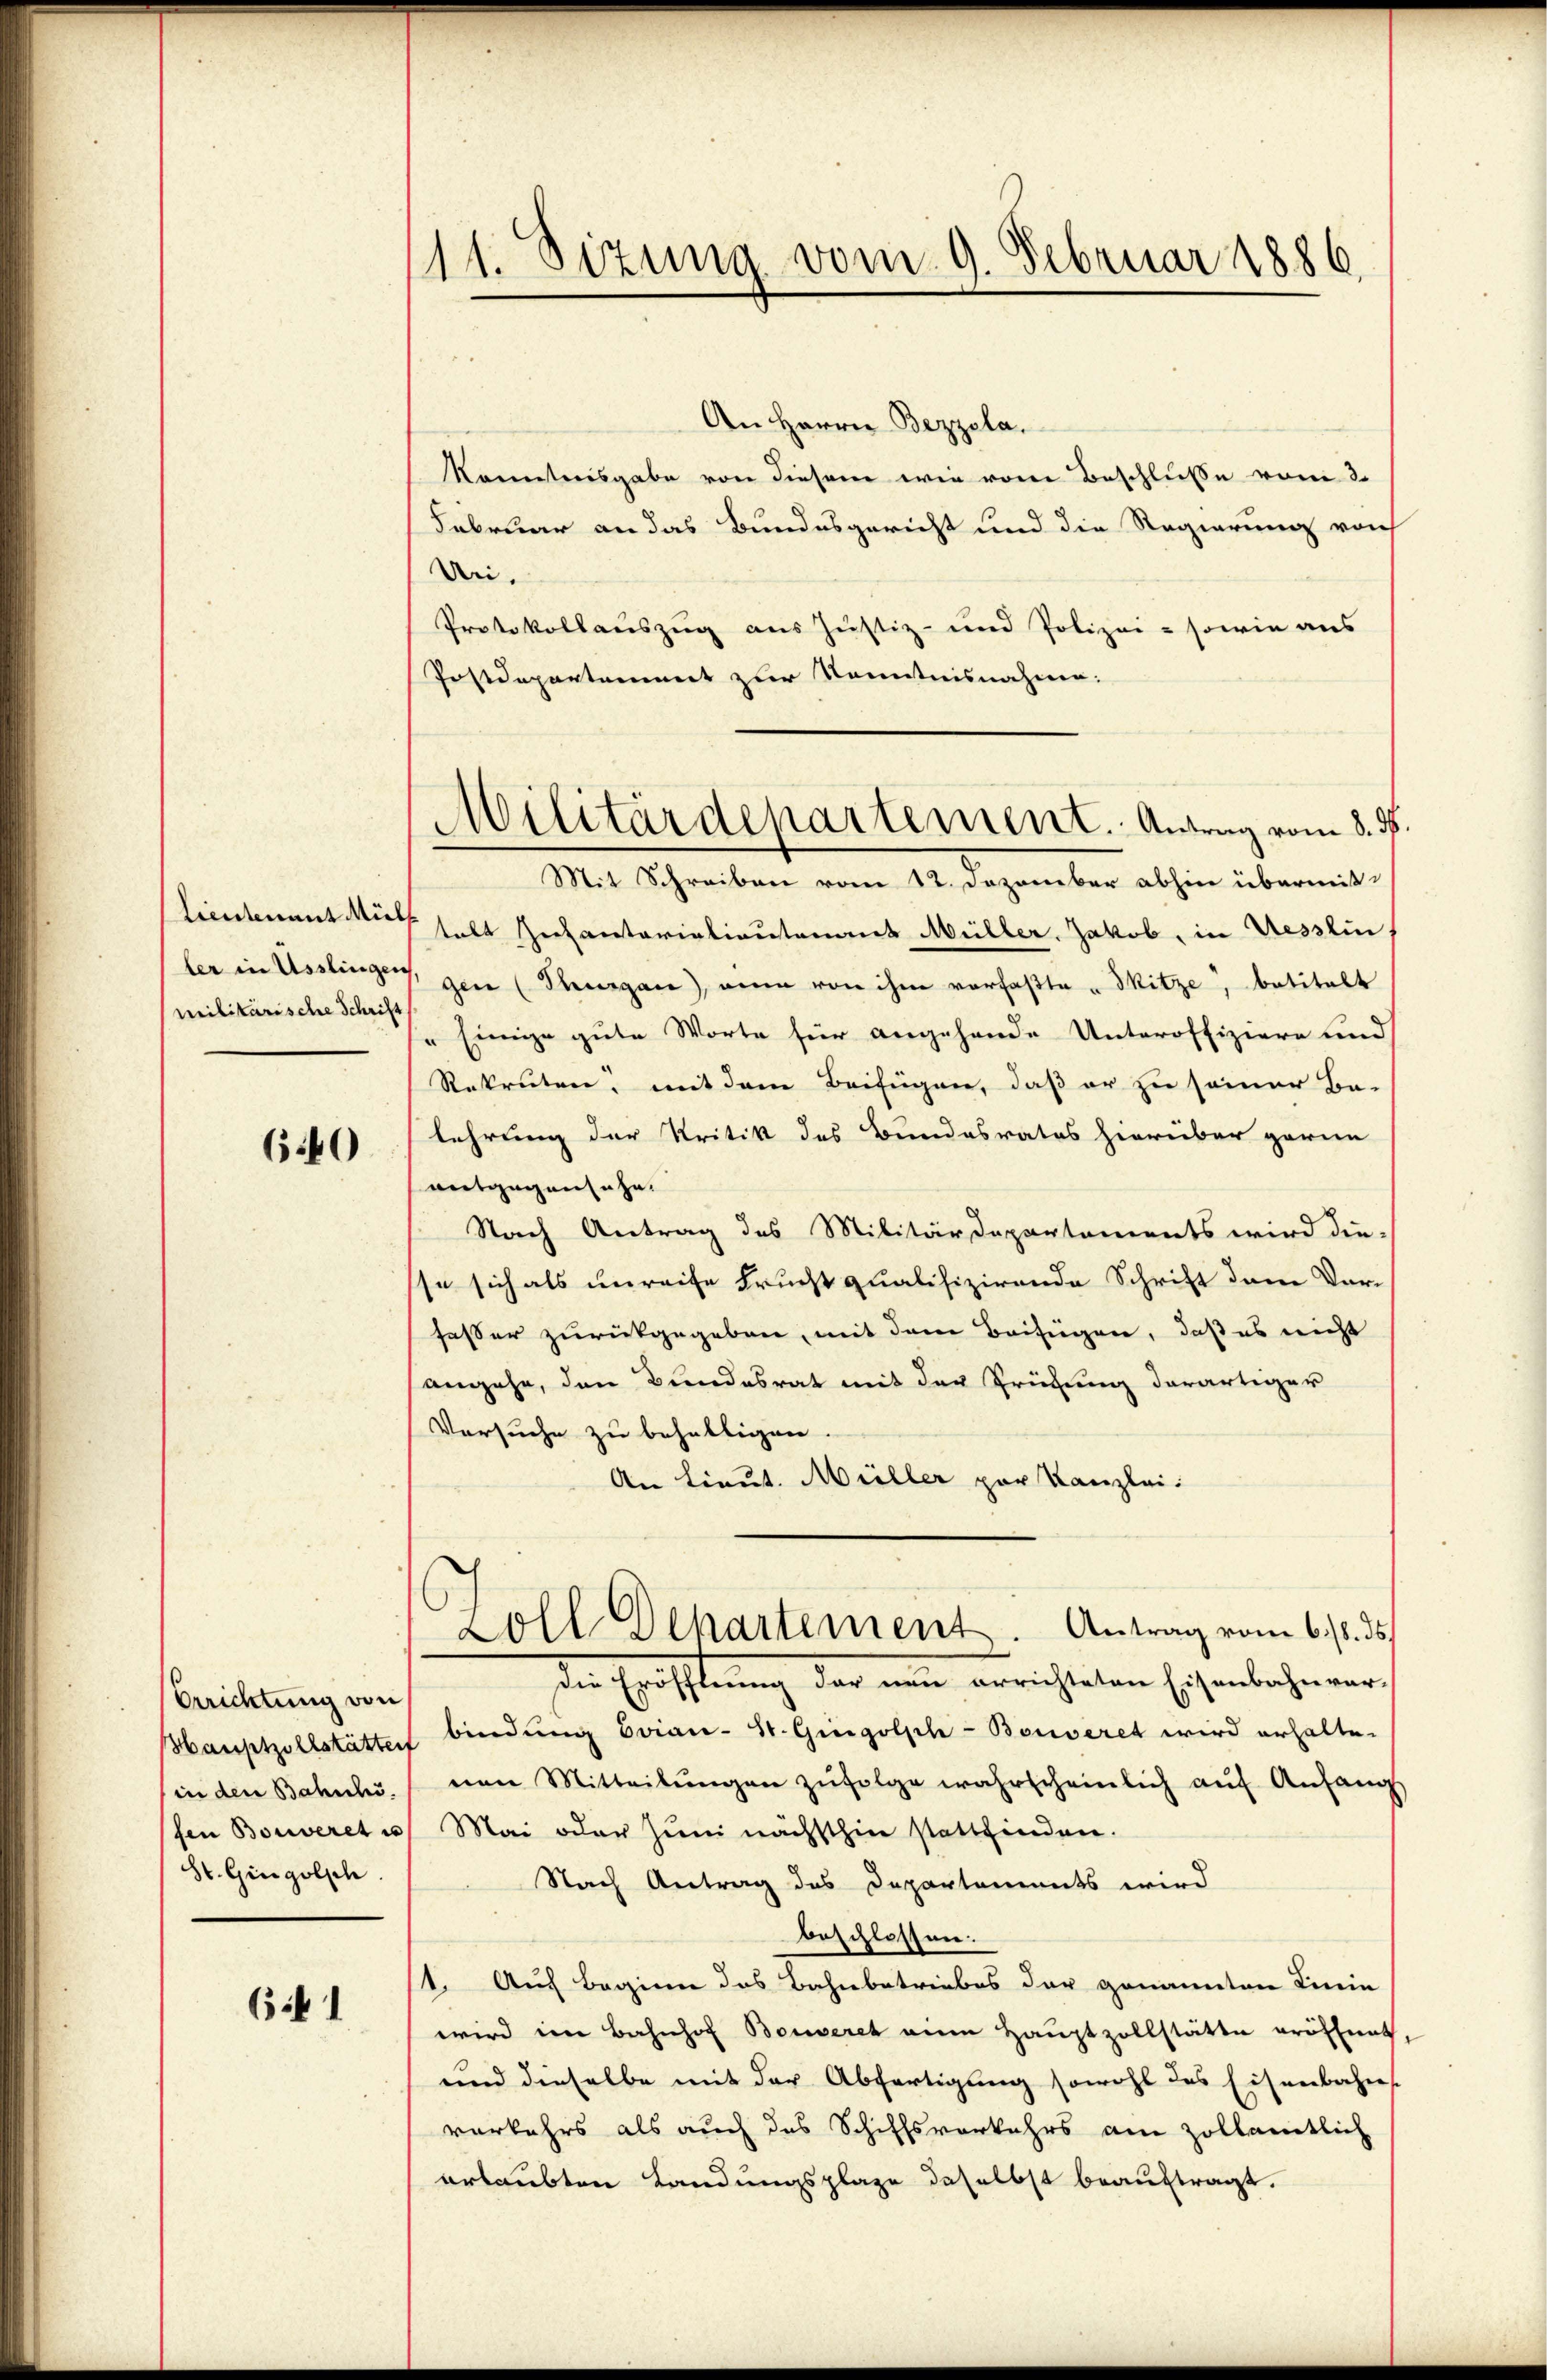
Lindenent Müll
Militarische Schrift

640

Orrichtung von
(in den Bahnho
(den Bonveret u
St. Gingolsch

65 f 1

11. Sizung vom 9. Februar 1886.

An Herrn Bezzela.
Kometeoisgabe von diesem wie von Beschluße vom 3.
Februar an das Bundesgericht und die Regierung von
Dri.
Protokollauszug aus Justiz- und Polizei - sowie aus
Postdepartement zur Kenntnisnahme:
Mit Schreiben vom 12. Dezember abhin übermittalt Zinsentarialientenant Müller. Jakob, in Uesslin
ler in Usslingen, gen (Thurgau, ain von ihm vorfaßte Sitze, betitelt
" Einige gute Worte für angehende Unteroffiziere und
Rekruten, mit dem Beifügen, daß er zu seiner Be-
lehrung der Kritik des Bundesrates hierüber gerin
entgegensähe.
Nach Antrag des Militärdepartements wird die-
sse sich als unreise Frucht qualifizirende Schrift den Vor-
fasser zurückgegeben, mit dem Beifügen, daß es nicht
angehe, den Bundesrat mit der Prüfung derartiger
Versuche zu behaltigen
An Lieut. Müller par Kanzlei:
Loll Departement. Antrag vom 6./8. ds.
den Eröffnung der nun errichteten Eichenbachenen
Hauptzollstätte bindŭng Evian-St. Gingolph -Bouveret wird erhalte.
een Mitteilŭngen zŭfolge wahrscheinlich auf Anfang
Mai oder Juni nächsthin stattfinden.
Nach Antrag des Departements wird
beschlossen.
t. Auf Beginn das Bahnbetriebes der genannten Linie
wird im Bahnhof Bouveret um Hauptzollstätte eröffnet
und dieselbe mit der Abfertigung sowohl des Eisenbahns
verkehrs als auch das Schiffsverkehrs am Zollamtlich
erlaubten Landungsplaze daselbst beauftragt.

Militärdepartement. Antrag vom 8. ds.